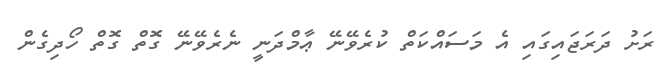
ރަށު ދަރަޖައިގައި އެ މަސައްކަތް ކުރެވޭނޭ ޢާމްދަނީ ނެރެވޭނޭ ގޮތް ގޮތް ހޯދިގެން